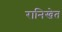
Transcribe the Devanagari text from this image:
रानिखेत